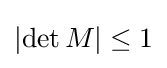
\left|\det M\right|\leq 1